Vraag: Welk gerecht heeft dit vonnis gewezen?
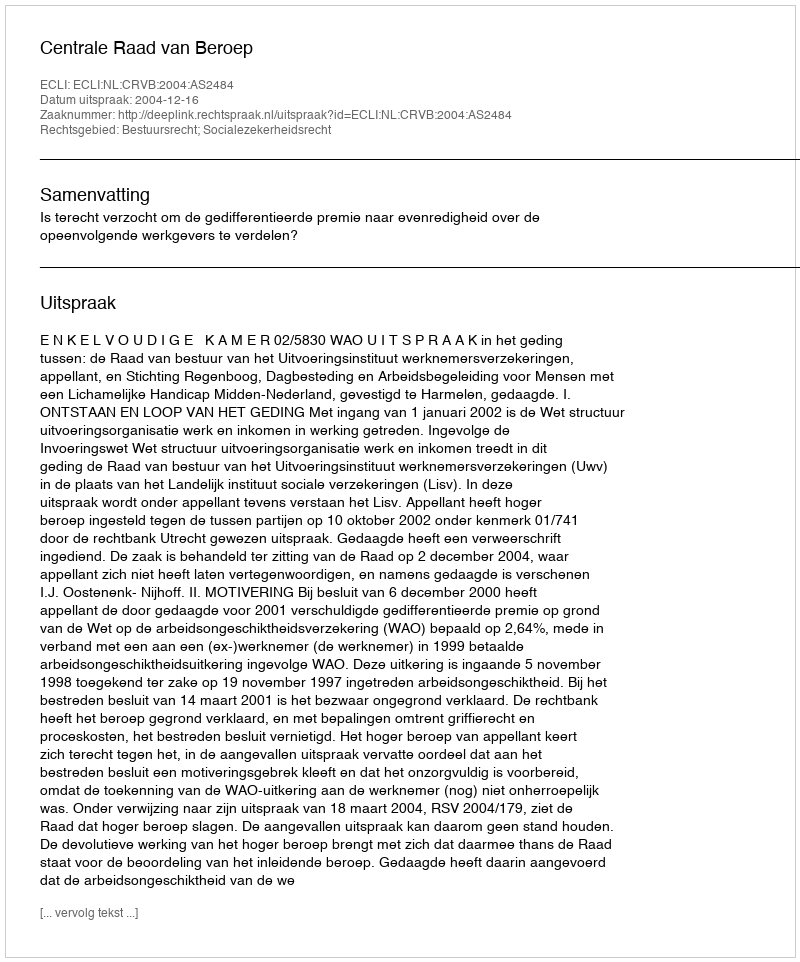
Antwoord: Centrale Raad van Beroep